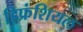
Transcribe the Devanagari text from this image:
डिफ्रंशियल